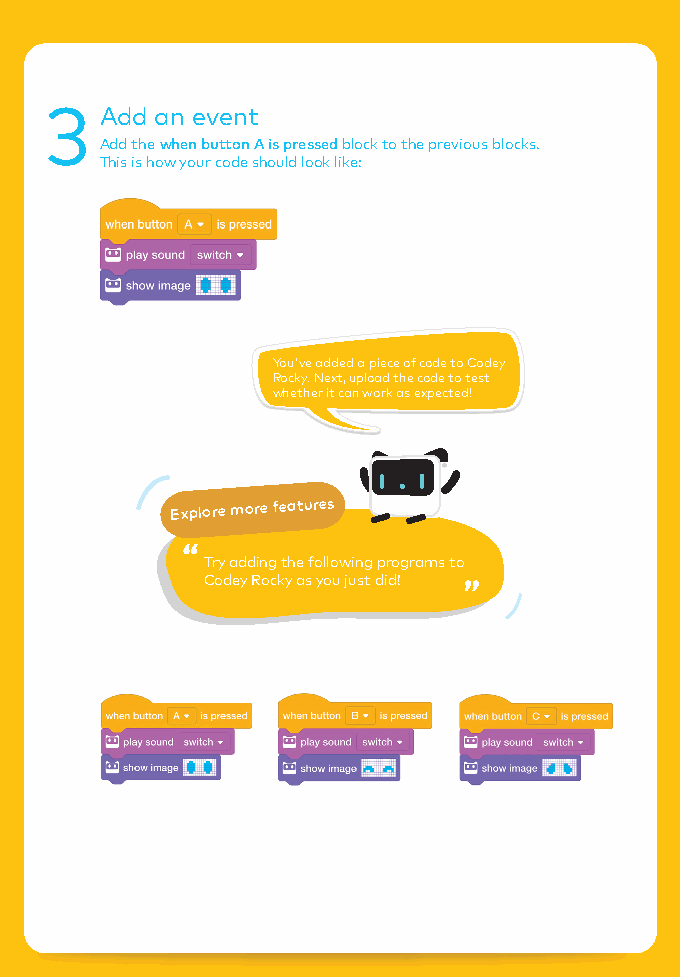
3   Add an event
 Add the when button A is pressed block to the previous blocks.
 This is how your code should look like:
 You've added a piece of code to Codey
 Rocky. Next, upload the code to test
 whether it can work as expected!
 Explore more features
 Try adding the following programs to
 Codey Rocky as you just did!